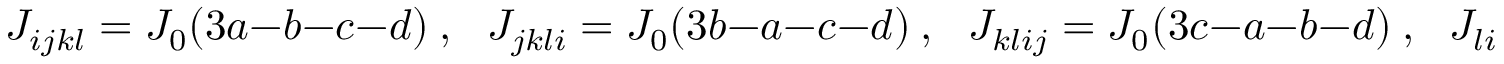
J _ { i j k l } = J _ { 0 } ( 3 a { - } b { - } c { - } d ) ~ , \ \ \ J _ { j k l i } = J _ { 0 } ( 3 b { - } a { - } c { - } d ) ~ , \ \ \ J _ { k l i j } = J _ { 0 } ( 3 c { - } a { - } b { - } d ) ~ , \ \ \ J _ { l i j k } = J _ { 0 } ( 3 d { - } a { - } b { - c } )